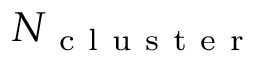
N _ { \mathrm { ~ c ~ l ~ u ~ s ~ t ~ e ~ r ~ } }